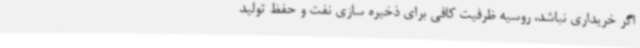
اگر خریداری نباشد، روسیه ظرفیت کافی برای ذخیره سازی نفت و حفظ تولید